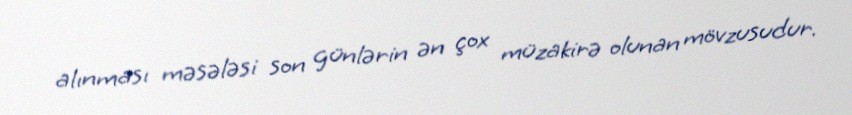
alınması məsələsi son günlərin ən çox müzakirə olunan mövzusudur.